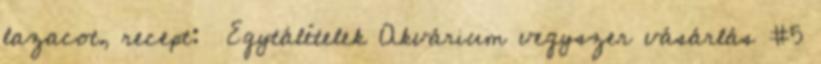
lazacot, recept: Egytálételek Akvárium vegyszer vásárlás #5